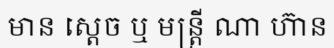
មាន ស្តេច ឬ មន្ត្រី ណា ហ៊ាន